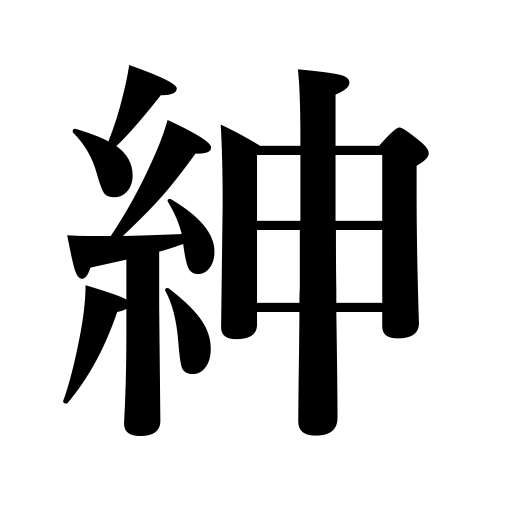
Meanings: gentleman,good belt